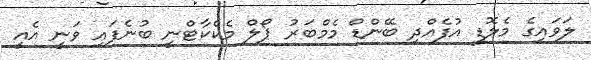
ލަވައިގެ މެލޮޑީ އުފެއްދި ބޭންޑް މެމްބަރު ޕޯލް މެކްކާޓްނީ ބުނެފައި ވަނީ އެއީ